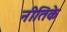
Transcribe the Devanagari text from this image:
नीतिके